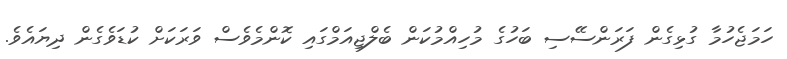
ހަމަޖެހުމާ ގުޅިގެން ފަރަންސޭސި ބަހުގެ މުހިއްމުކަން ބެލްޖިއަމްގައި ކޮންމެވެސް ވަރަކަށް ކުޑަވެގެން ދިޔައެވެ.